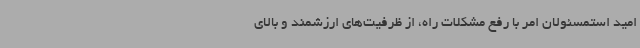
امید استمسئولان امر با رفع مشکلات راه، از ظرفیت‌های ارزشمند و بالای